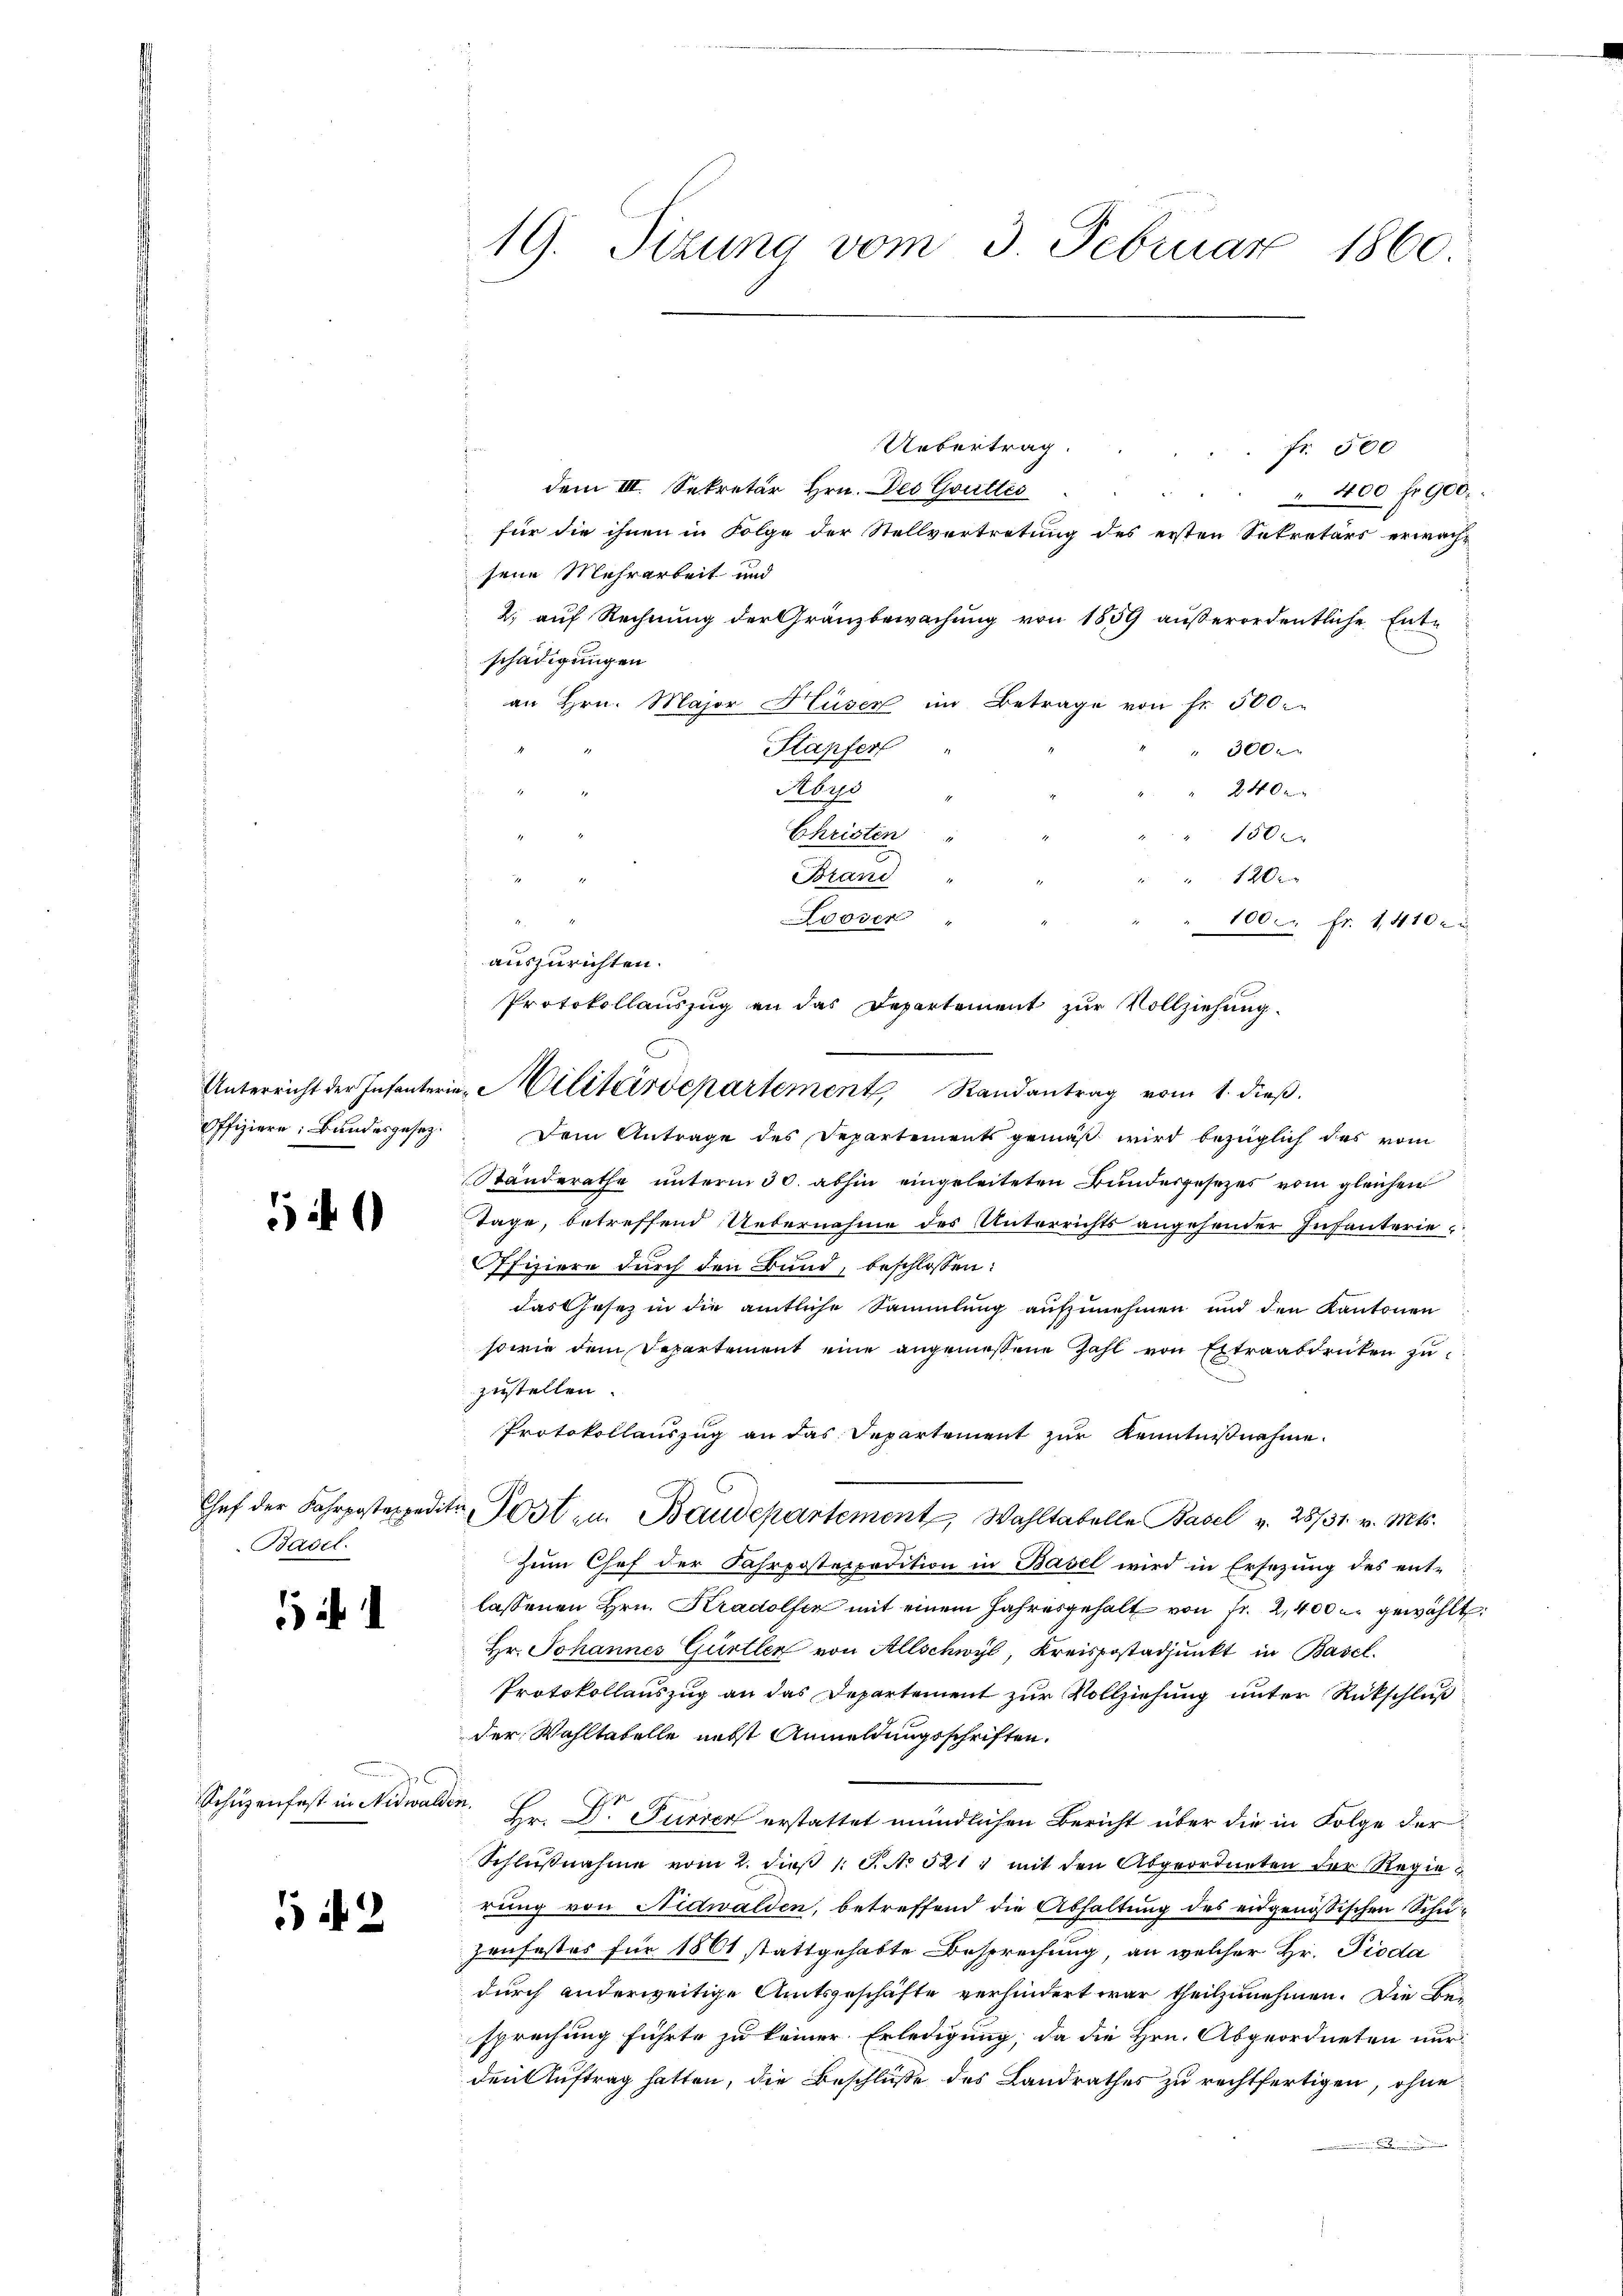
51)

Basel.

Schüzenfest in Nidwalden.

12

19. Sizung vom 3. Februar 1860.

Uebertrag.
Fr. 500
dem III. Sekretär Hrn. Des Goultis

" 400 fr. 900.
für die ihnen in Folge der Stellvertretung des ersten Sekretärs erwachsene Mehrarbeit und
2. auf Rechnung der Gränzbewachung von 1859 außerordentliche Ent-
schädigungen
an Hrn. Major Huser im Betrage von fr. 500.
Stapfer
300
Abro
2 40 x
Christen
1500
Brand
120
Looser
100 Fr. 1410 u
auszurichten.
Protokollauszug an das Departement zur Vollziehung.
Offiziere: Bundesgesetz. Dem Antrage des Departements gemäß wird bezüglich das vom
Standerathe unterm 30. abhin eingeleiteten Bundesgesezes vom gleichen
Tage, betreffend Uebernahme des Unterrichts angehender Infanterie
Ofiziere durch den Band, beschlossen:
das Gesez in die amtliche Sammlung aufzunehmen und den Kantonen
sowie dem Departement eine angemessene Zahl von Extraabdrucken zu
zustellen.
Protokollauszug an das Departement zur Kenntnißnahme.
Chef der Fahrposteppedita Post- u. Baudepartement Wahltabelle Basel v. 28731. v. Mts.
Zum Chef der Fahrpostexpedition in Basel wird in Ersezung des ent-
lassenen Hrn. Kradolfen mit einem Jahresgehalt von Fr. 2,400 u. gewählt:
Hr. Johannes Gürtler von Allschwyl Kreispostadjunkt in Basel.
Protokollauszug an das Departement zur Vollziehung unter Rückschluß
der Wahltatelle nebst Anmeldungsschriften.
Hr. Dr. Furren erstattet mündlichen Bericht über die in Folge der
Schlŭβnahme vom 2. dieβ 1. S. No 521, mit den Abgeordneten der Regierung von Nidwalden, betreffend die Abhaltung des eidgenössischen Schu¬
Jonfestes für 1861 stattgehabte Besprechung, an welcher Hr. Pioda
durch anderweitige Amtsgeschäfte verhindert war theilzunehmen. Die Be-
sprechung führte zu keiner Erledigung, da die Hrn. Abgeordneten nur
den Auftrag hatten, die Beschluße des Landrathes zu rechtfertigen, ohne

Unterricht der Infanterie Militärdepartement, Randantrag vom 1. dieβ.